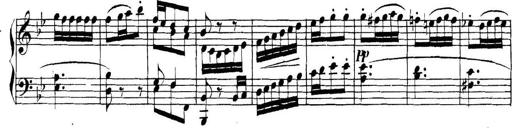
Title: Collected Piano Sonatas
Composer: Muzio Clementi